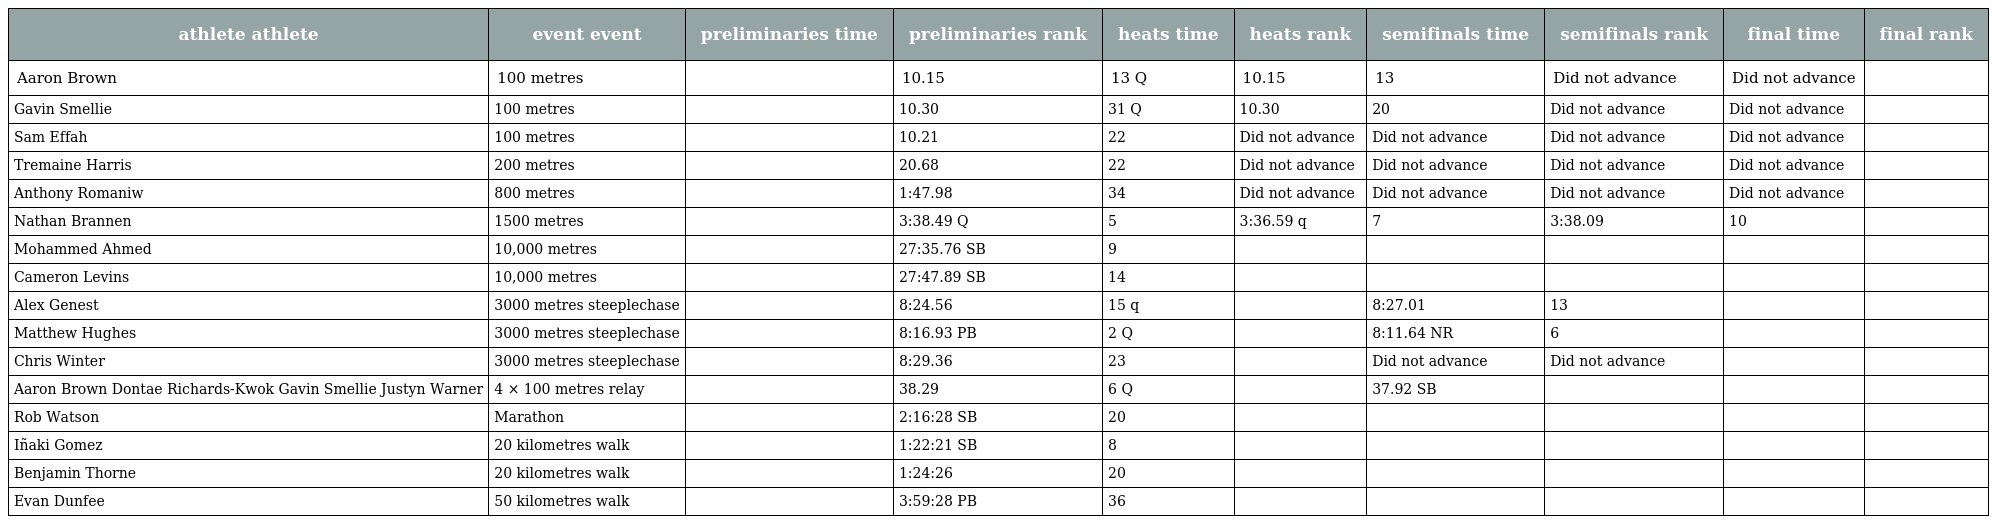
| athlete athlete | event event | preliminaries time | preliminaries rank | heats time | heats rank | semifinals time | semifinals rank | final time | final rank |
 | --- | --- | --- | --- | --- | --- | --- | --- | --- | --- |
 | Aaron Brown | 100 metres |  | 10.15 | 13 Q | 10.15 | 13 | Did not advance | Did not advance |  |
 | Gavin Smellie | 100 metres |  | 10.30 | 31 Q | 10.30 | 20 | Did not advance | Did not advance |  |
 | Sam Effah | 100 metres |  | 10.21 | 22 | Did not advance | Did not advance | Did not advance | Did not advance |  |
 | Tremaine Harris | 200 metres |  | 20.68 | 22 | Did not advance | Did not advance | Did not advance | Did not advance |  |
 | Anthony Romaniw | 800 metres |  | 1:47.98 | 34 | Did not advance | Did not advance | Did not advance | Did not advance |  |
 | Nathan Brannen | 1500 metres |  | 3:38.49 Q | 5 | 3:36.59 q | 7 | 3:38.09 | 10 |  |
 | Mohammed Ahmed | 10,000 metres |  | 27:35.76 SB | 9 |  |  |  |  |  |
 | Cameron Levins | 10,000 metres |  | 27:47.89 SB | 14 |  |  |  |  |  |
 | Alex Genest | 3000 metres steeplechase |  | 8:24.56 | 15 q |  | 8:27.01 | 13 |  |  |
 | Matthew Hughes | 3000 metres steeplechase |  | 8:16.93 PB | 2 Q |  | 8:11.64 NR | 6 |  |  |
 | Chris Winter | 3000 metres steeplechase |  | 8:29.36 | 23 |  | Did not advance | Did not advance |  |  |
 | Aaron Brown Dontae Richards-Kwok Gavin Smellie Justyn Warner | 4 × 100 metres relay |  | 38.29 | 6 Q |  | 37.92 SB |  |  |  |
 | Rob Watson | Marathon |  | 2:16:28 SB | 20 |  |  |  |  |  |
 | Iñaki Gomez | 20 kilometres walk |  | 1:22:21 SB | 8 |  |  |  |  |  |
 | Benjamin Thorne | 20 kilometres walk |  | 1:24:26 | 20 |  |  |  |  |  |
 | Evan Dunfee | 50 kilometres walk |  | 3:59:28 PB | 36 |  |  |  |  |  |